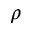
\rho